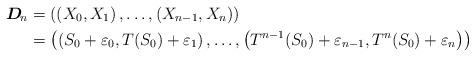
LaTeX: \begin{align*}\boldsymbol{D}_{\!n} & = \left( \left( X_0, X_1 \right), \ldots, \left( X_{n-1}, X_n \right) \right) \\& = \left( \left( S_0 + \varepsilon_0, T(S_0) + \varepsilon_1 \right), \ldots, \left( T^{n-1}(S_0) + \varepsilon_{n-1}, T^n(S_0) + \varepsilon_n \right) \right)\end{align*}